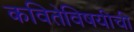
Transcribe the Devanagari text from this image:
कवितेविषयीची